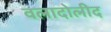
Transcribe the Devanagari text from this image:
वलादोलीद